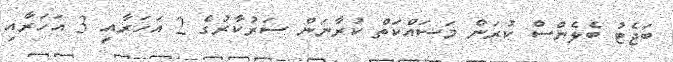
ބަޖެޓު ބެލެންސް ކުރަން މަސައްކަތް ކުރާނަން ސަރުކާރުގެ 2 އަހަރާއި 3 އަހަރާއި